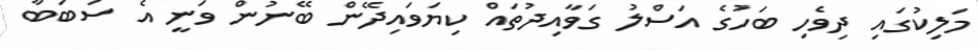
މަލިކުގައި ދިވެހި ބަހުގެ އަސްލު ގަވާއިދުތައް ކިޔަވައިދޭން ބޭނުން ވަނީ އެ ސަބަބާ